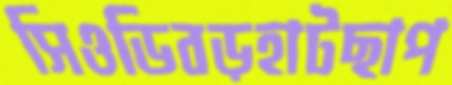
সিওডিবড়হাটছাপ